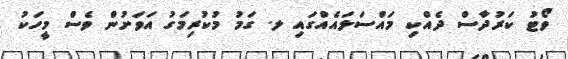
ވޯޓު ކަރުދާސް ދެއްކި މައްސަލައެއްގައި ލ. ގަމު މުކުރިމަގު އަވަށުން ވެސް މީހަކު